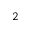
^ { 2 }